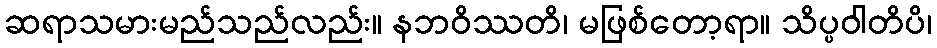
ဆရာသမားမည်သည်လည်း။ နဘဝိဿတိ၊ မဖြစ်တော့ရာ။ သိပ္ပဝါတိပိ၊